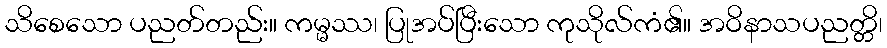
သိစေသော ပညတ်တည်း။ ကမ္မဿ၊ ပြုအပ်ပြီးသော ကုသိုလ်ကံ၏။ အဝိနာသပညတ္တိ၊